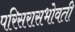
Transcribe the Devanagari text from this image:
परिसरासभोवती